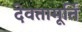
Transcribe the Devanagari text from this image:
देवतामूर्ति